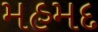
મહમદ